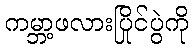
ကမ္ဘာ့ဖလားပြိုင်ပွဲကို